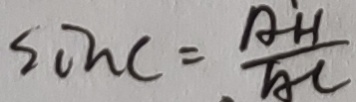
\sin C = \frac { A H } { A C }